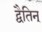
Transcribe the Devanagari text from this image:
द्वैतिन्